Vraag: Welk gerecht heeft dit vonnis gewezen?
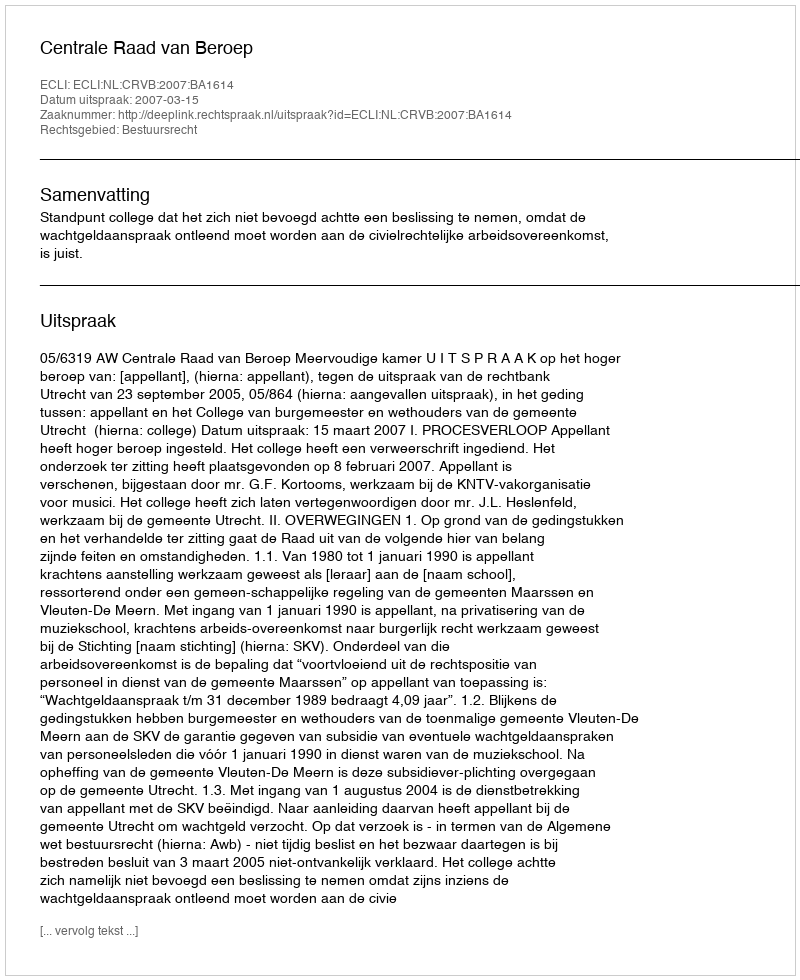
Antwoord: Centrale Raad van Beroep